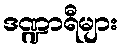
ဒဏ္ဍာရီများ